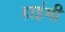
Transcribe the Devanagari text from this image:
हाईमी